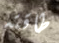
طاقته